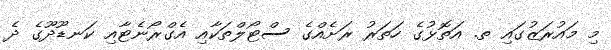
މި މައުރަޒުގައި ތ. އަތޮޅުގެ ހަތަރު ރަށެއްގެ ސްޓޯލްތަކާއި އެގްރޯނެޓާއި ކަނޑޫދޫގެ ދެ